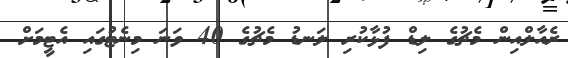
ރެއާލްއިން މެޗުގެ ލިޑް ފުޅާކުރި ލަނޑު މެޗުގެ 40 ވަނަ މިނެޓުގައި އެޓީމަށް